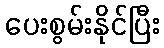
ပေးစွမ်းနိုင်ပြီး